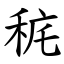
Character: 䅊